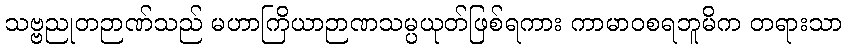
သဗ္ဗညုတဉာဏ်သည် မဟာကြိယာဉာဏသမ္ပယုတ်ဖြစ်ရကား ကာမာဝစရဘူမိက တရားသာ